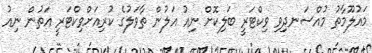
މައުލޫމާތު މުއްސަނދިވި ވިކްޓަރީ ބަލިކޮށް ނިއު އަލުން ތާވަލުގެ ކުރިއަށްވިކްޓަރީ އަތުން ނިއު